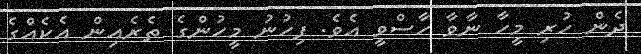
ދެން ހުރި މީހާ ނާވާ ހާސްވީ އެވެ. ފިހުނު މީހުންގެ ތެރެއިން އެކެއްގެ